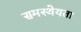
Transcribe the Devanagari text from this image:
समस्थेयता